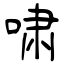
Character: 啸